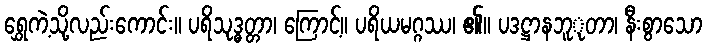
ရွှေကဲ့သို့လည်းကောင်း။ ပရိသုဒ္ဓတ္တာ၊ ကြောင့်။ ပရိယမဂ္ဂဿ၊ ၏။ ပဒဋ္ဌာနဘူုတာ၊ နီးစွာသော